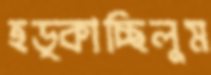
হড়্‌কাচ্ছিলুম